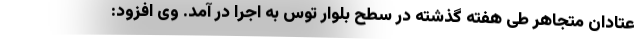
عتادان متجاهر طی هفته گذشته در سطح بلوار توس به اجرا در آمد. وی افزود: